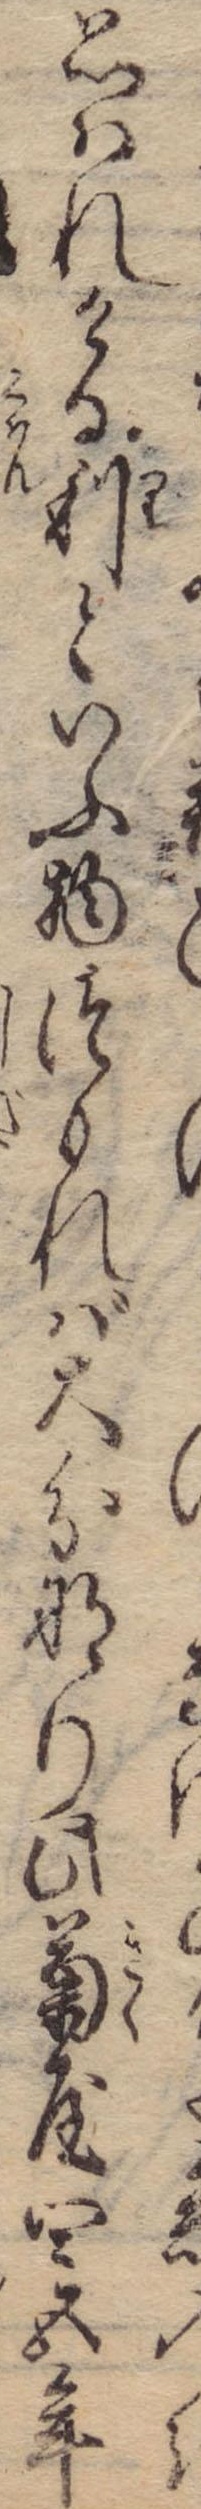
思はれける利といふ物つもれば大分なり此菊屋四五年